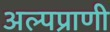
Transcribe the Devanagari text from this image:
अल्पप्राणी